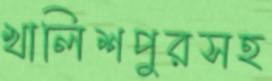
খালিশপুরসহ